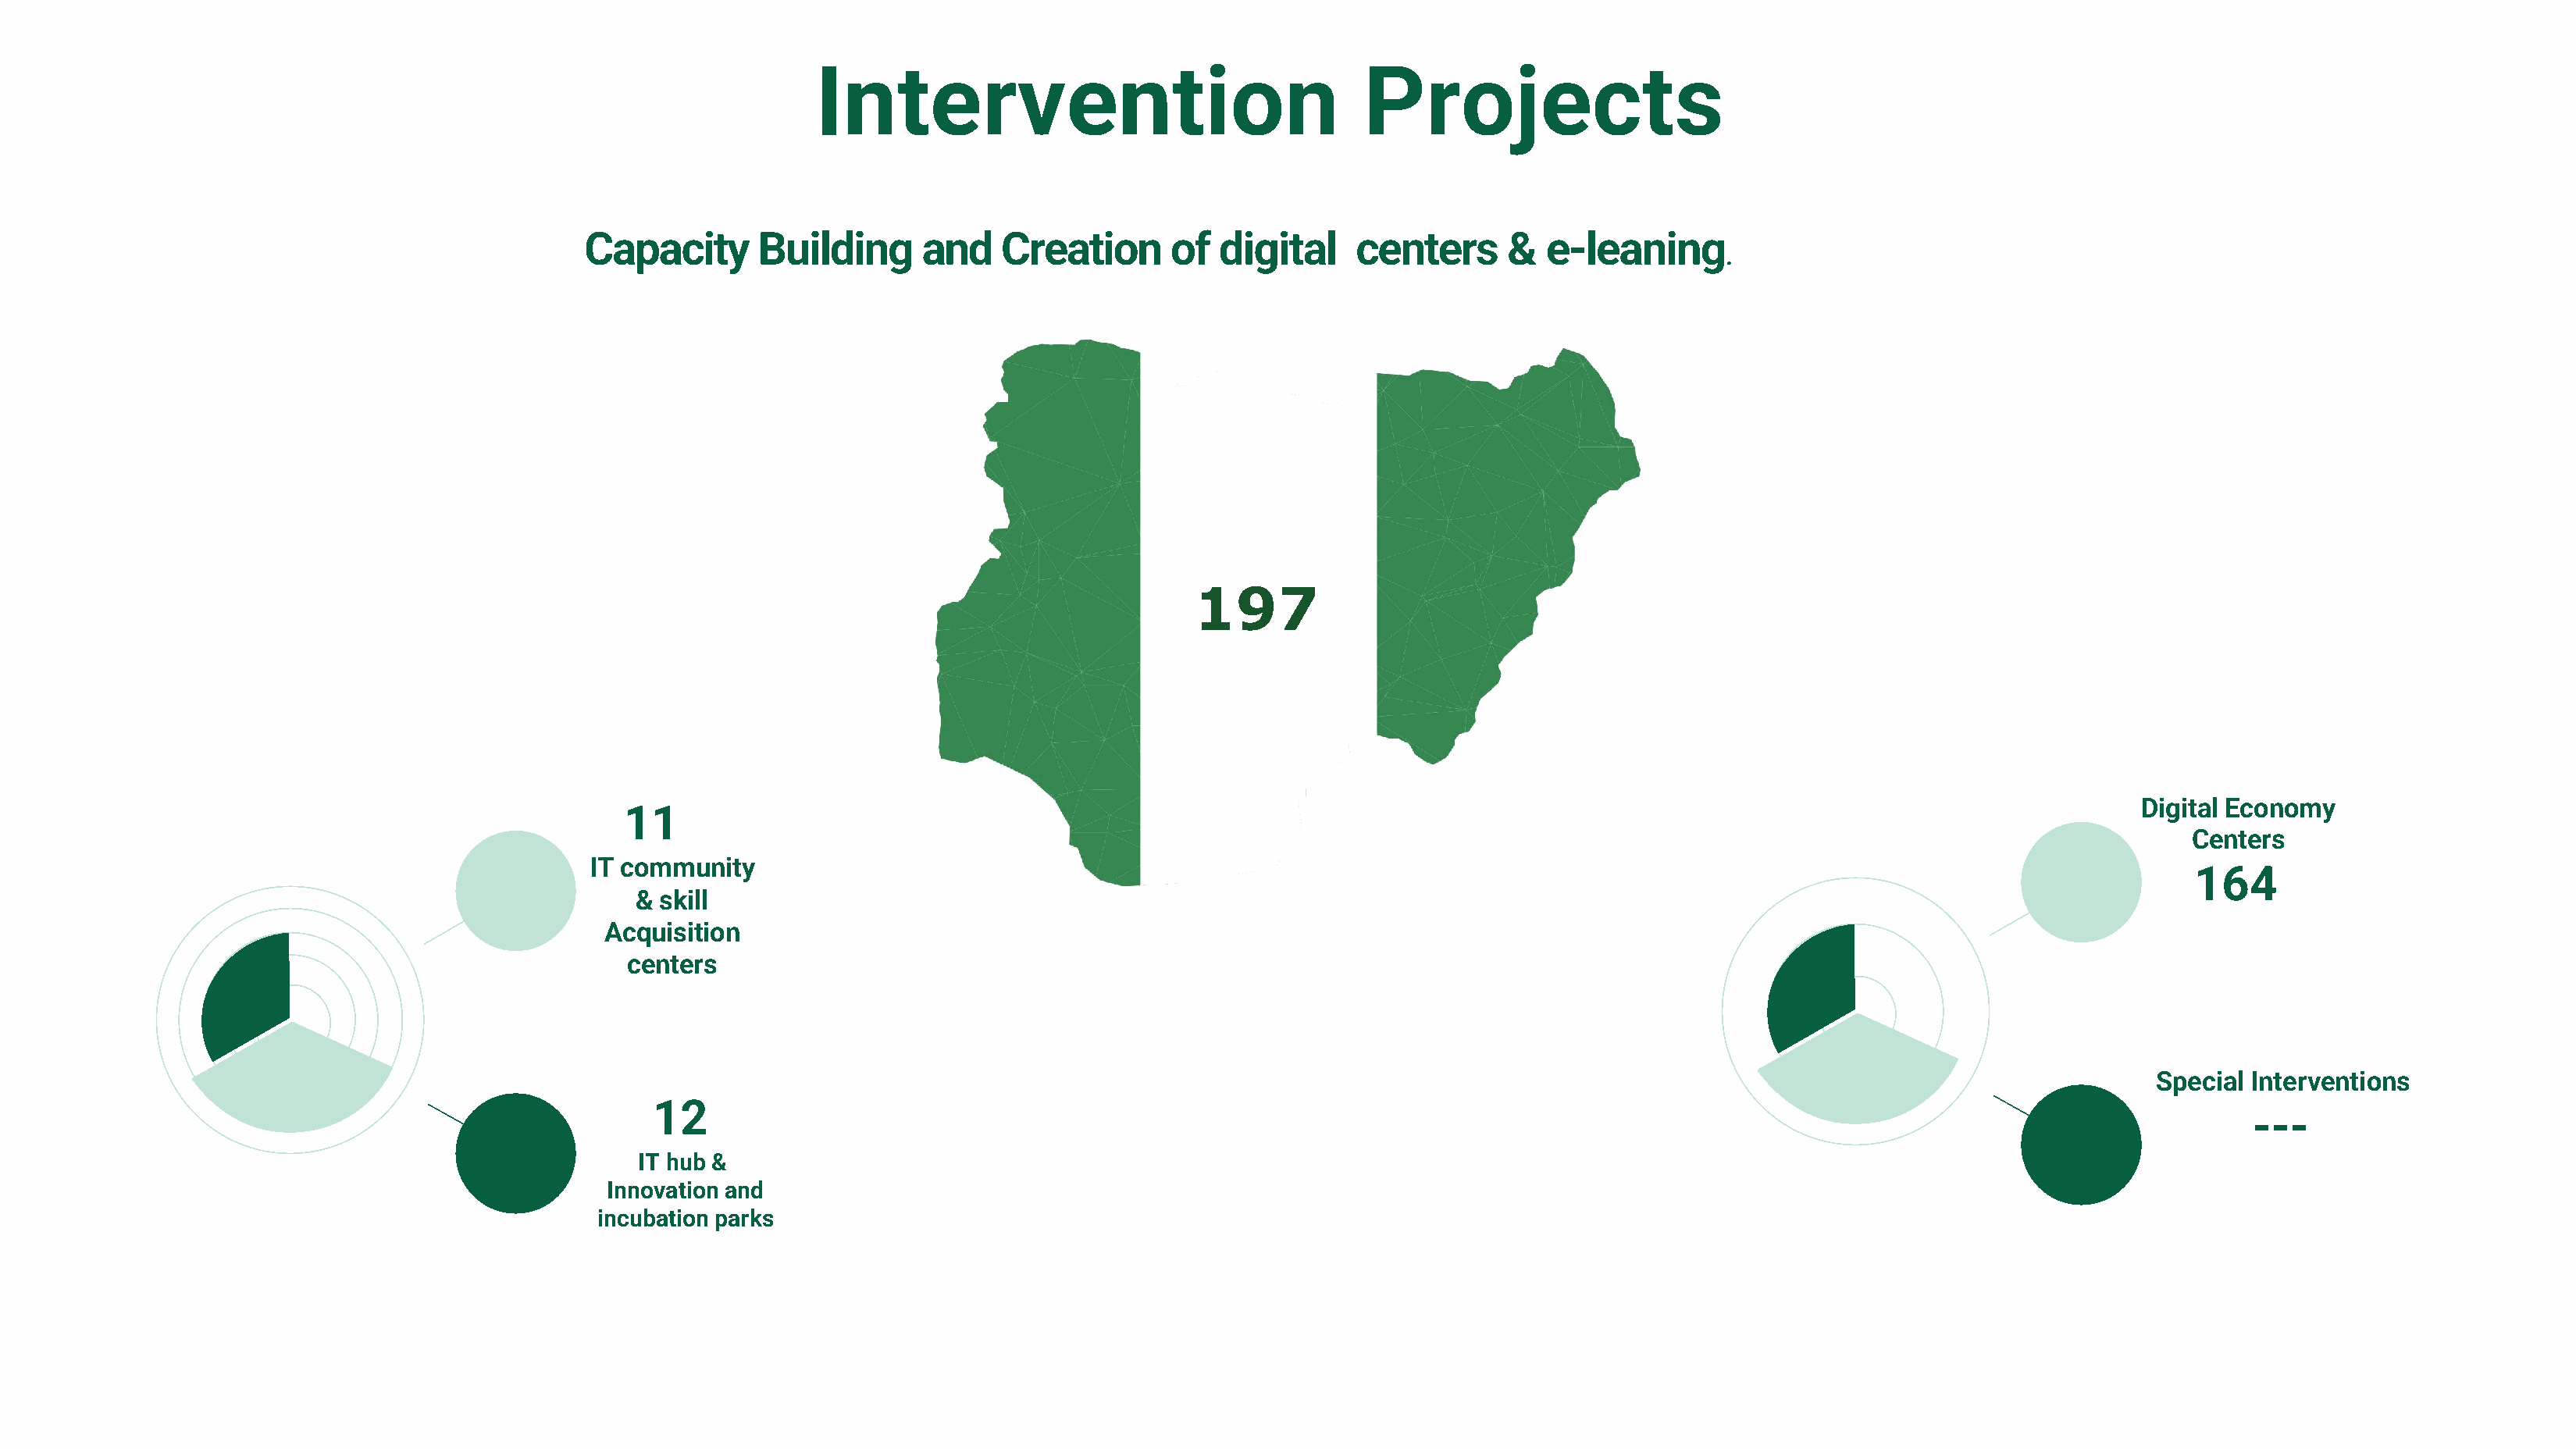
Intervention                                   Projects
 Capacity      Building      and    Creation      of  digital     centers      &  e-leaning
 .
 197
 Digital Economy
 11
 Centers
 IT community
 164
 & skill
 Acquisition
 centers
 Special Interventions
 12
 ---
 IT hub &
 Innovation and
 incubation parks